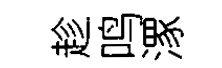
趁鸣潈